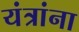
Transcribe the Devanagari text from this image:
यंत्रांना